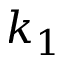
k _ { 1 }